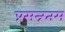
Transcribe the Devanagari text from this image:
प्रसन्नतम